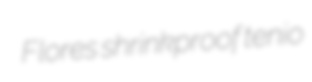
Flores shrinkproof tenio